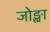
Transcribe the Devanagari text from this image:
जोङ्खा